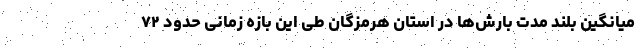
میانگین بلند مدت بارش‌ها در استان هرمزگان طی این بازه زمانی حدود ۷۲